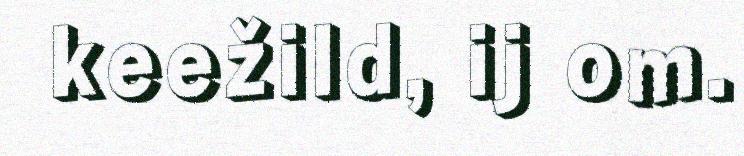
keežild, ij om.